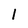
Character: l